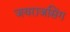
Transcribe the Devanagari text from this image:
जयराजसिंग